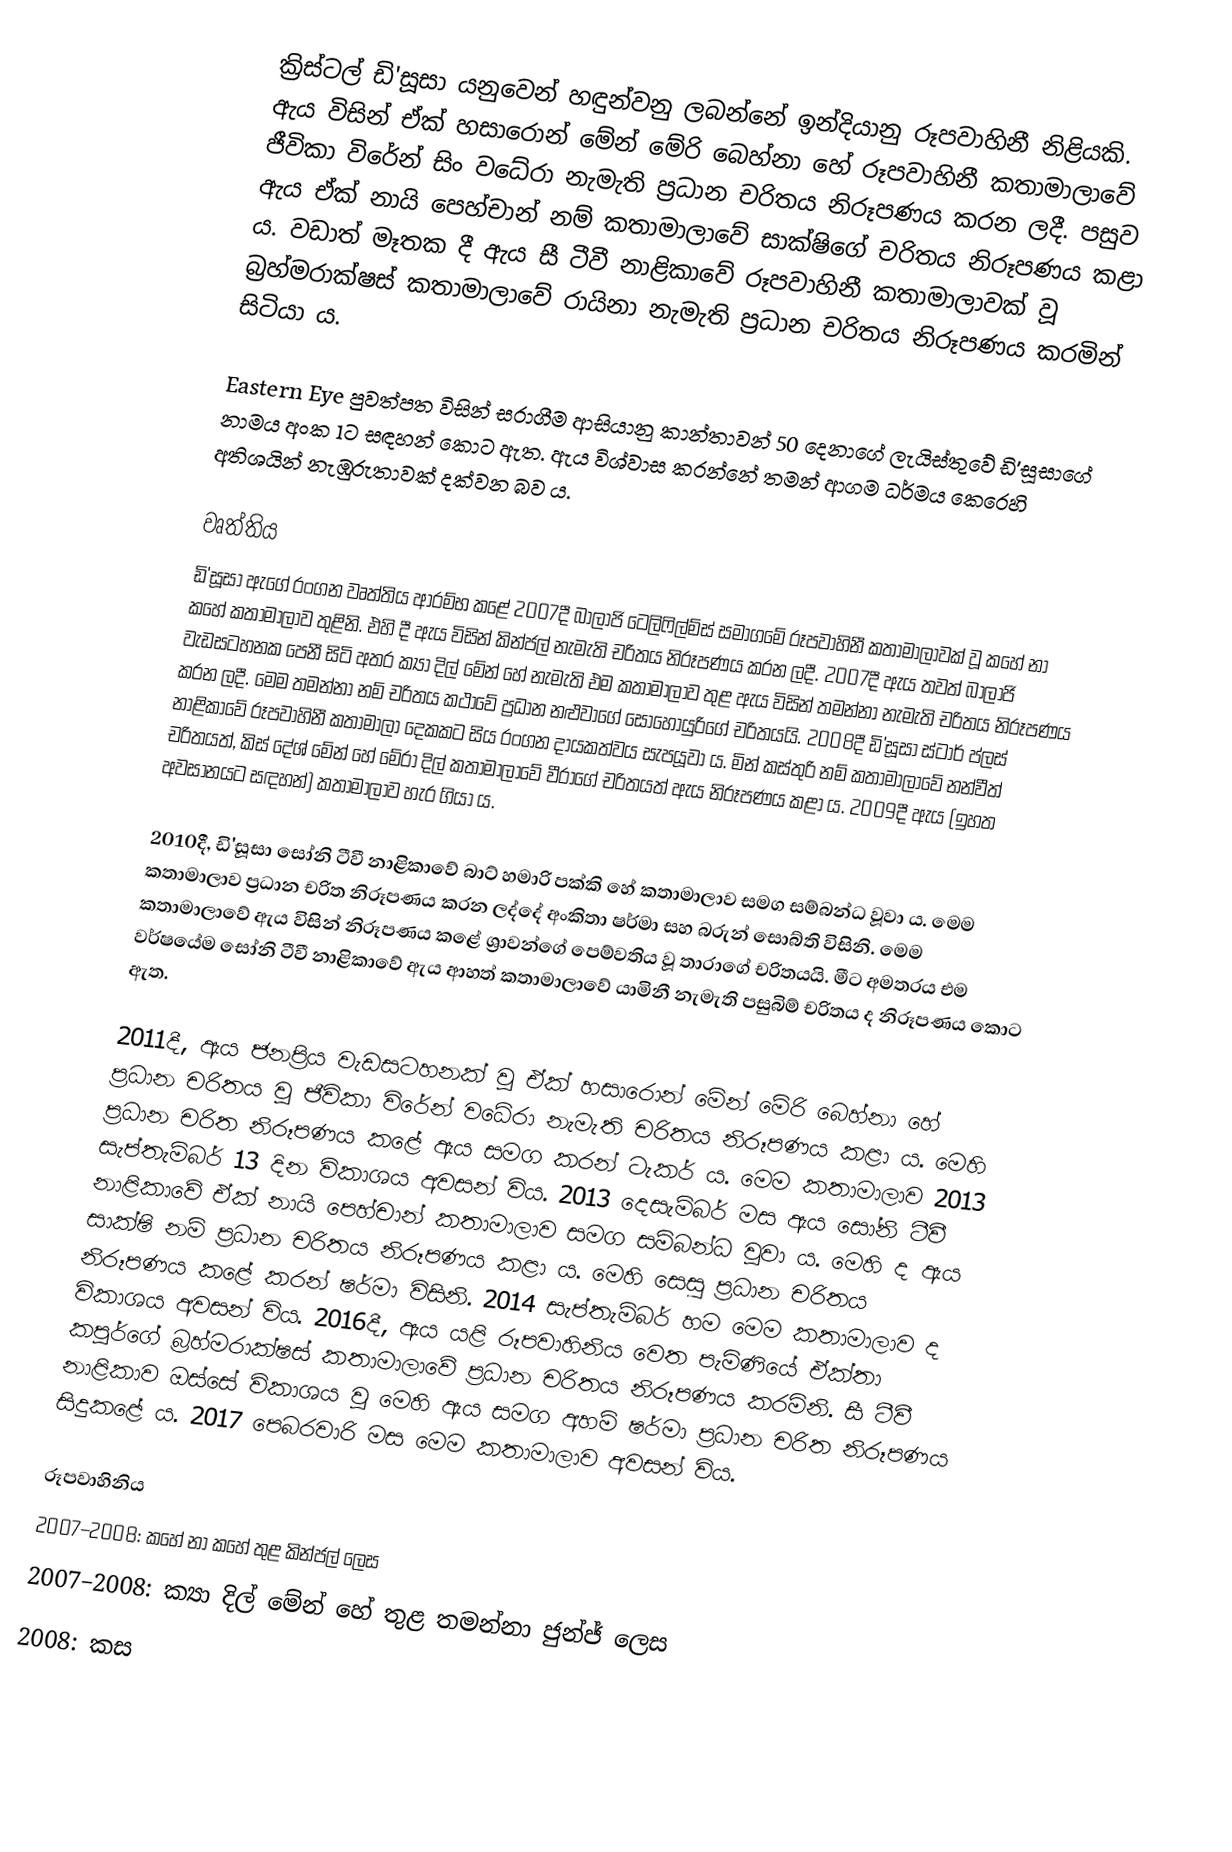
ක්‍රිස්ටල් ඩි'සූසා යනුවෙන් හඳුන්වනු ලබන්නේ ඉන්දියානු රූපවාහිනී නිළියකි. ඇය විසින් ඒක් හසාරොන් මේන් මේරි බෙහ්නා හේ රූපවාහිනී කතාමාලාවේ ජීවිකා විරේන් සිං වධේරා නැමැති ප්‍රධාන චරිතය නිරූපණය කරන ලදී. පසුව ඇය ඒක් නායි පෙහ්චාන් නම් කතාමාලාවේ සාක්ෂිගේ චරිතය නිරූපණය කළා ය. වඩාත් මෑතක දී ඇය සී ටීවී නාළිකාවේ රූපවාහිනී කතාමාලාවක් වූ බ්‍රහ්මරාක්ෂස් කතාමාලාවේ රායිනා නැමැති ප්‍රධාන චරිතය නිරූපණය කරමින් සිටියා ය.

Eastern Eye පුවත්පත විසින් සරාගීම ආසියානු කාන්තාවන් 50 දෙනාගේ ලැයිස්තුවේ ඩි'සූසාගේ නාමය අංක 1ට සඳහන් කොට ඇත. ඇය විශ්වාස කරන්නේ තමන් ආගම ධර්මය කෙරෙහි අතිශයින් නැඹුරුතාවක් දක්වන බව ය.

වෘත්තිය
ඩි'සූසා ඇගේ රංගන වෘත්තිය ආරම්භ කළේ 2007දී බාලාජි ටෙලිෆිල්ම්ස් සමාගමේ රූපවාහිනී කතාමාලාවක් වූ කහේ නා කහේ කතාමාලාව තුළිනි. එහි දී ඇය විසින් කින්ජල් නැමැති චරිතය නිරූපණය කරන ලදී. 2007දී ඇය තවත් බාලාජි වැඩසටහනක පෙනී සිටි අතර ක්‍යා දිල් මේන් හේ නැමැති එම කතාමාලාව තුළ ඇය විසින් තමන්නා නැමැති චරිතය නිරූපණය කරන ලදී. මෙම තමන්නා නම් චරිතය කථාවේ ප්‍රධාන නළුවාගේ සොහොයුරිගේ චරිතයයි. 2008දී ඩි'සූසා ස්ටාර් ප්ලස් නාළිකාවේ රූපවාහිනී කතාමාලා‍ දෙකකට සිය රංගන දායකත්වය සැපයූවා ය. මින් කස්තුරි නම් කතාමාලාවේ නන්වීත් චරිතයත්, කිස් දේශ් මේන් හේ මේරා දිල් කතාමාලාවේ වීරාගේ චරිතයත් ඇය නිරූපණය කළා ය. 2009දී ඇය (ඉහත අවසානයට සඳහන්) කතාමාලාව හැර ගියා ය.

2010දී, ඩි'සූසා සෝනි ටීවී නාළිකාවේ බාට් හමාරි පක්කි හේ කතාමාලාව සමග සම්බන්ධ වූවා ය. මෙම කතාමාලාව ප්‍රධාන චරිත නිරූපණය කරන ලද්දේ අංකිතා ෂර්මා සහ බරුන් සොබ්ති විසිනි. මෙම කතාමාලාවේ ඇය විසින් නිරූපණය කළේ ශ්‍රාවන්ගේ පෙම්වතිය වූ තාරාගේ චරිතයයි. මීට අමතරය එම වර්ෂයේම සෝනි ටීවී නාළිකාවේ ඇය ආහත් කතාමාලාවේ යාමිනී නැමැති පසුබිම් චරිතය ද නිරූපණය කොට ඇත.

2011දී, ඇය ජනප්‍රිය වැඩසටහනක් වූ ඒක් හසාරොන් මේන් මේරි බෙහ්නා හේ ප්‍රධාන චරිතය වූ ජීවිකා විරේන් වධේරා නැමැති චරිතය නිරූපණය කළා ය. මෙහි ප්‍රධාන චරිත නිරූපණය කළේ ඇය සමග කරන් ටැකර් ය. මෙම කතාමාලාව 2013 සැප්තැම්බර් 13 දින විකාශය අවසන් විය. 2013 දෙසැම්බර් මස ඇය සෝනි ටීවී නාළිකාවේ ඒක් නායි පෙහ්චාන් කතාමාලාව සමග සම්බන්ධ වූවා ය. මෙහි ද ඇය සාක්ෂි නම් ප්‍රධාන චරිතය නිරූපණය කළා ය. මෙහි සෙසු ප්‍රධාන චරිතය නිරූපණය කළේ කරන් ෂර්මා විසිනි. 2014 සැප්තැම්බර් හම මෙම කතාමාලාව ද විකාශය අවසන් විය. 2016දී, ඇය යළි රූපවාහිනිය වෙත පැමිණියේ ඒක්තා කපූර්ගේ බ්‍රහ්මරාක්ෂස් කතාමාලාවේ ප්‍රධාන චරිතය නිරූපණය කරමිනි. සී ටීවී නාළිකාව ඔස්සේ විකාශය වූ මෙහි ඇය සමග අහම් ෂර්මා ප්‍රධාන චරිත නිරූපණය සිදුකළේ ය. 2017 පෙබරවාරි මස මෙම කතාමාලාව අවසන් විය.

රූපවාහිනිය
 2007–2008: කහේ නා කහේ තුළ කින්ජල් ලෙස
 2007–2008: ක්‍යා දිල් මේන් හේ තුළ තමන්නා ජුන්ජ් ලෙස
 2008: කස